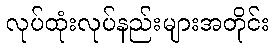
လုပ်ထုံးလုပ်နည်းများအတိုင်း